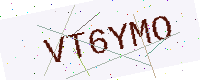
Text: VT6YMO